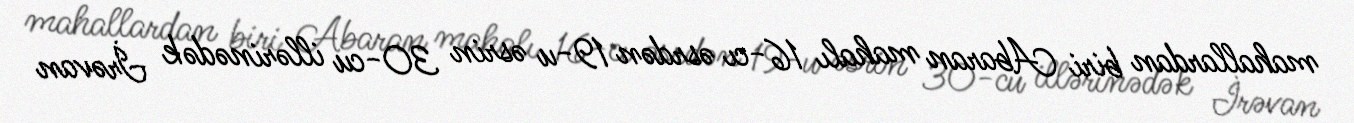
mahallardan biri Abaran mahalı 16-cı əsrdən 19-u əsrin 30-cu illərinədək İrəvan